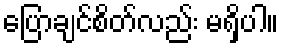
ပြောချင်စိတ်လည်း မရှိပါ။